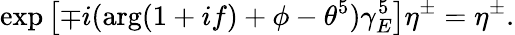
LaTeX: \exp\left[\mp i(\arg(1+if)+\phi-\theta^{5})\gamma_{E}^{5}\right]\eta^{\pm}=\eta^{\pm}.